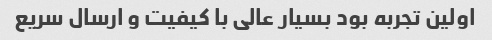
اولین تجربه بود بسیار عالی با کیفیت و ارسال سریع